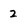
Character: 2